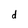
Character: d